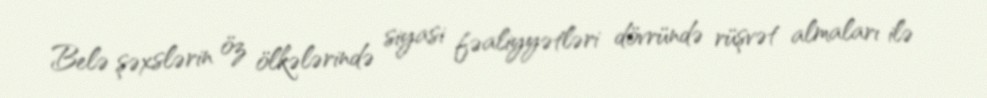
Belə şəxslərin öz ölkələrində siyasi fəaliyyətləri dövründə rüşvət almaları ilə